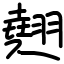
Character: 翹